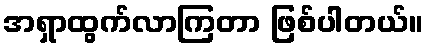
အရှာထွက်လာကြတာ ဖြစ်ပါတယ်။